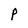
Character: P